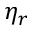
\eta _ { r }